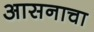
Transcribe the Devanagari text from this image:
आसनाचा